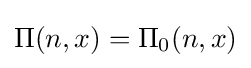
\Pi (n,x)=\Pi _{0}(n,x)